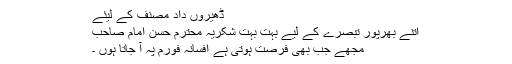
ڈھیروں داد مصنف کے لیئے
اتنے بھرپور تبصرے کے لیے بہت بہت شکریہ محترم حسن امام صاحب
مجھے جب بھی فرصت ہوتی ہے افسانہ فورم پہ آ جاتا ہوں ۔